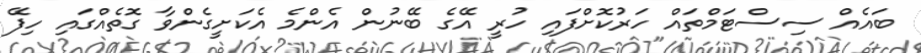
ބައެއް ސިސްޓަމްތައް ހަރުކޮށްފައި ހުރީ އޭގެ ބޭނުން އެންމެ އެކަށީގެންވާ ގޮތެއްގައި ހިފޭ